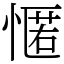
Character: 㥾